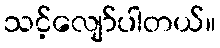
သင့်လျော်ပါတယ်။